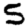
Digit: 5